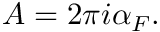
A = 2 \pi i \alpha _ { F } .